Madras plague regulations in force outside the Presidency town - Volume 3
Disease focus: Plague
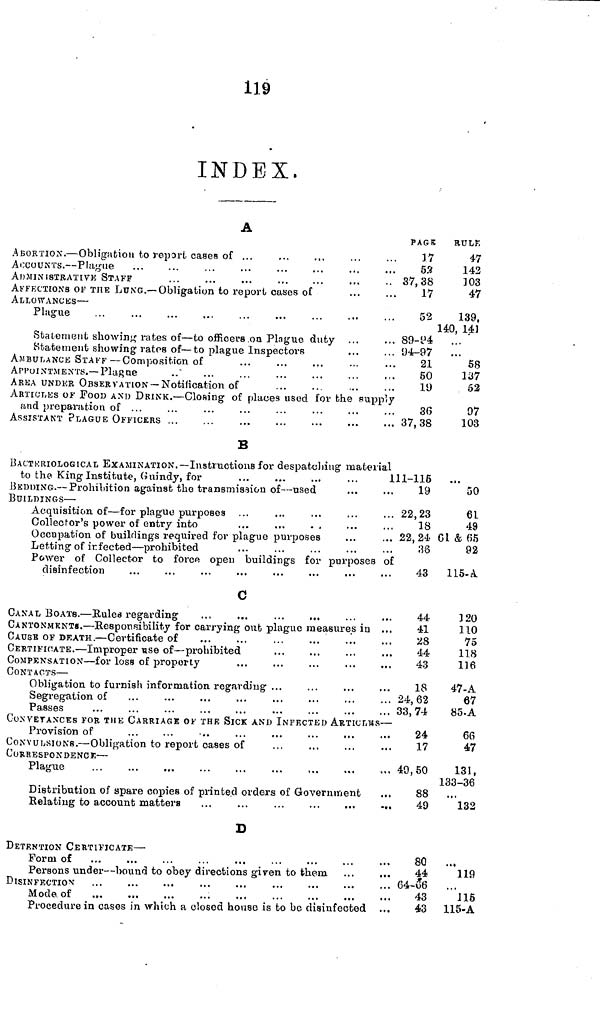
119
INDEX.
A
ABORTION. — Obligation to report cases of ...
ACCOUNTS. — Plague
ADMINISTRATIV STAFF
AFFECTIONS OF THE LUNG.— Obligation to report cases of
ALLOWANCES —
Plague
Statement showing rates of — to officers oa Plague duty
Statement showing rates of — to plague Inspectors
AMBULANCE STAFF —Composition of
...
APPOINTMENTS. — Plague
AREA UNDER OBSERVATION — Notification of
ARTICLES of FOOD AND DRINK. — Closing of places used for the supply
and preparation of ...
ASSISTANT PLAGUE OFFICERS ..
B
BACTERIOLOGICAL EXAMINATION.— Instructions for despatching material
PAGE
17
58
37, 38
17
52
89-94
94-97
21
50
19
36
37,38
RULE
47
142
103
47
139,
140, 14]
58
337
52
97
103
to the King Institute, Guindy, for
...
...
...
...
111-116
BEDDING. — Prohibition against the transmission of — used
BUILDINGS —
Acquisition of — for plague purposes
Collector's power of entry into
...
...
. .
Occupation of buildings required for plague purposes
Letting of infected — prohibited
Power of Collector to force open buildings for purposes of
disinfection
c
CANAL BOATS. — Bales regarding
CANTONMENT.— Responsibility for carrying out plague measures in ...
CAUSE OF DEATH. — Certificate of
CERTIFICATE. — Improper use of — prohibited
COMPENSATION — for loss of property
CONTACTS —
Obligation to furnish information regarding ...
Segregation of
Passes
CONVEYANCES FOR THE CARRIAGE OF THE SICK AND INFECTED ARTICLES —
Provision of
CONVULSIONS. — Obligation to report oases of
CORRESPONDENCE —
Plague
...
...
...
Distribution of spare copies of printed orders of Government
Relating to account matters
...
...
...
...
...
...
D
DETENTION CERTIFICATE —
Form of
Persons under — bound to obey directions given to them
DISINFECTION
Mode of
...
Procedure in cases in which a closed house is to be disinfected
19
22,23
18
22, 24
38
43
44
41
28
44
43
18
24,62
33,74
24
17
49,50
88
49
80
44
64-u6
43
43
50
61
49
GL & 65
92
115- A
120
110
75
118
116
47-A
67
85-A
66
47
131,
133-36
132
..,
119
115
115-A